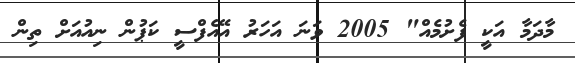
މާދަމާ އަކީ ފެށުމެއް" 2005 ވަނަ އަހަރު އޭއެފްސީ ކަޕުން ނިއުއަށް ތިން